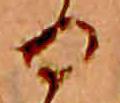
る